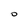
Character: O